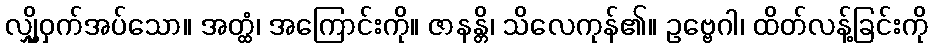
လျှို့ဝှက်အပ်သော။ အတ္ထံ၊ အကြောင်းကို။ ဇာနန္တိ၊ သိလေကုန်၏။ ဥဗ္ဗေဂါ၊ ထိတ်လန့်ခြင်းကို